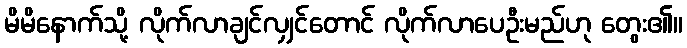
မိမိနောက်သို့ လိုက်လာချင်လျှင်တောင် လိုက်လာပေဦးမည်ဟု တွေး၏။